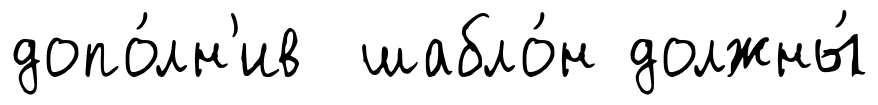
допо́лн'ив шабло́н должны́